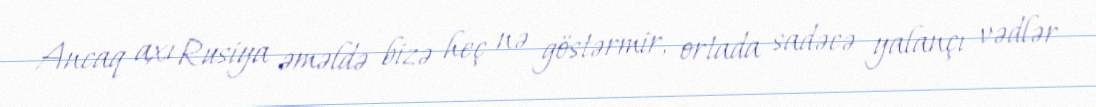
Ancaq axı Rusiya əməldə bizə heç nə göstərmir, ortada sadəcə yalançı vədlər